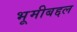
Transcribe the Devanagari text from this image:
भूमीबद्दल